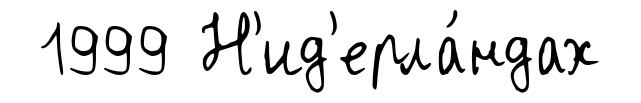
1999 Н'ид'ерла́ндах